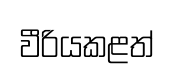
වීරියකළත්